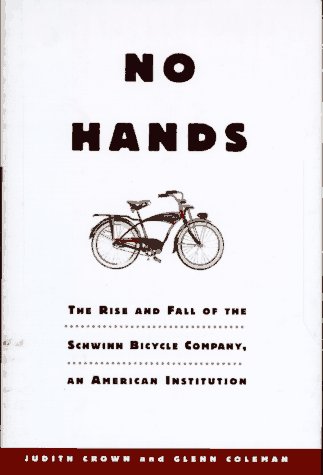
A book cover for No Hands: The Rise and Fall of the Schwinn Bicycle Company, an American Institution; Judith Crown; Business & Money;